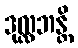
ဒုလ္လဘန္တိ